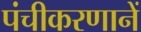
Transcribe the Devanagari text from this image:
पंचीकरणानें